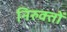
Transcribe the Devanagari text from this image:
निरुक्तों